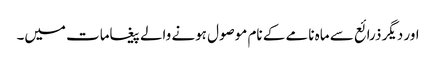
اور دیگر ذرائع سے ماہ نامے کے نام موصول ہونے والے پیغامات میں۔